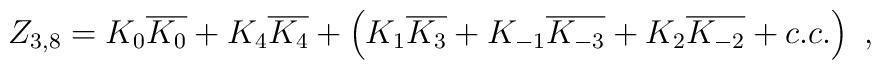
Z_{3,8}=K_0 \overline{K_0}+  K_4 \overline{K_4} +\left(K_1 \overline{K_3} +K_{-1} \overline{K_{-3}}+ K_2 \overline{K_{-2}} + c.c .\right) \ ,